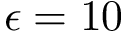
\epsilon = 1 0